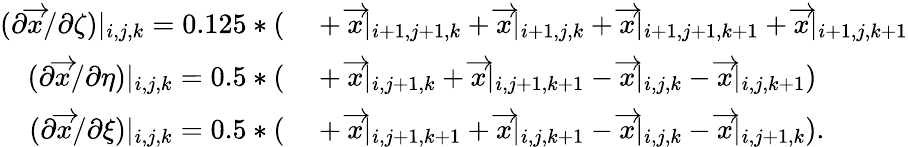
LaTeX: \begin{array}{rl}{(\partial\overrightarrow{x}/\partial\zeta)|_{i,j,k}=0.125*(}&{{}+\overrightarrow{x}|_{i+1,j+1,k}+\overrightarrow{x}|_{i+1,j,k}+\overrightarrow{x}|_{i+1,j+1,k+1}+\overrightarrow{x}|_{i+1,j,k+1}}\\ {(\partial\overrightarrow{x}/\partial\eta)|_{i,j,k}=0.5*(}&{{}+\overrightarrow{x}|_{i,j+1,k}+\overrightarrow{x}|_{i,j+1,k+1}-\overrightarrow{x}|_{i,j,k}-\overrightarrow{x}|_{i,j,k+1})}\\ {(\partial\overrightarrow{x}/\partial\xi)|_{i,j,k}=0.5*(}&{{}+\overrightarrow{x}|_{i,j+1,k+1}+\overrightarrow{x}|_{i,j,k+1}-\overrightarrow{x}|_{i,j,k}-\overrightarrow{x}|_{i,j+1,k}).}\end{array}